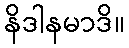
နိဒါနမာဒိ။